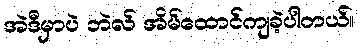
အဲဒီမှာပဲ ဘဲလ် အိမ်ထောင်ကျခဲ့ပါတယ်။